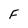
Character: F